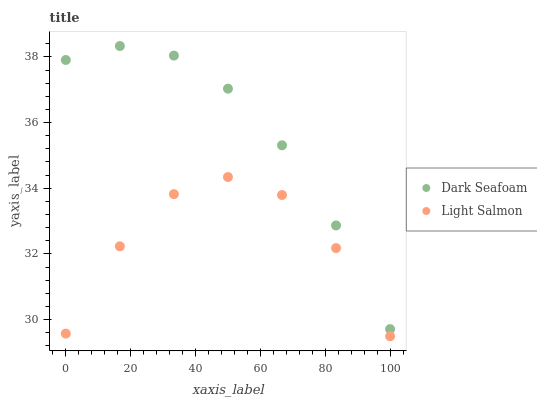
| xaxis_label | Dark Seafoam | Light Salmon |
 | --- | --- | --- |
 | 0 | 37.9 | 29.6 |
 | 16.7 | 38.3 | 32.2 |
 | 33.3 | 38 | 33.8 |
 | 50 | 37 | 34.3 |
 | 66.7 | 35.3 | 33.8 |
 | 83.3 | 32.9 | 32.2 |
 | 100 | 29.7 | 29.5 |